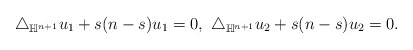
\begin{align*} \triangle_{\mathbb{H}^{n+1}}u_{1}+s(n-s)u_{1}=0,\ \triangle_{\mathbb{H}^{n+1}}u_{2}+s(n-s)u_{2}=0. \end{align*}